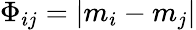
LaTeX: \Phi_{ij}=|m_{i}-m_{j}|